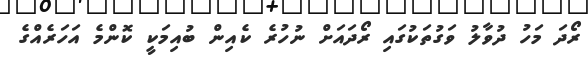
ރޯދަ މަހު ދުވާލު ވަގުތަކުގައި ރޯދައަށް ނުހުރެ ކެއިން ބުއިމަކީ ކޮންމެ އަހަރެއްގެ